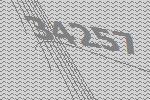
34257